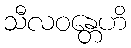
သီလဝန္တေဟိ